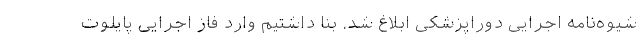
شیوه‌نامه اجرایی دوراپزشکی ابلاغ شد. بنا داشتیم وارد فاز اجرایی پایلوت